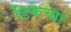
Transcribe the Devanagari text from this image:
डिकेच्या